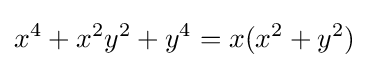
x^{4}+x^{2}y^{2}+y^{4}=x(x^{2}+y^{2})